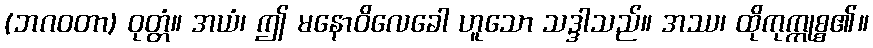
(ဘဂဝတာ) ဝုတ္တံ။ အယံ၊ ဤ မနောဝိလေခေါ ဟူသော သဒ္ဒါသည်။ အဿ၊ ထိုကုက္ကုစ္စ၏။